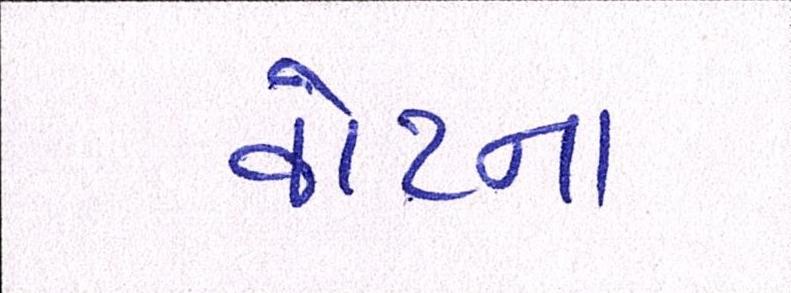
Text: વોટના